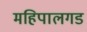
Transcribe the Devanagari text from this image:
महिपालगड